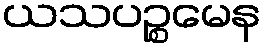
ယသပဉ္စမေန